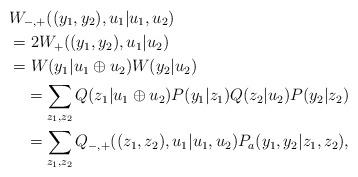
LaTeX: \begin{align*}& W_{-,+}((y_1,y_2),u_1|u_1,u_2) \\ &= 2W_{+}((y_1,y_2),u_1|u_2) \\ &=W(y_1|u_1\oplus u_2)W(y_2|u_2)\\ &\quad= \sum_{z_1,z_2} Q(z_1|u_1\oplus u_2)P(y_1|z_1) Q(z_2|u_2)P(y_2|z_2)\\ &\quad= \sum_{z_1,z_2} Q_{-,+}((z_1,z_2),u_1|u_1,u_2)P_a(y_1,y_2|z_1,z_2),\end{align*}